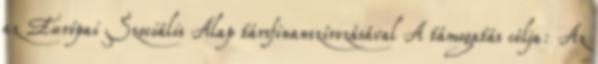
az Európai Szociális Alap társfinanszírozásával A támogatás célja: Az